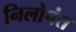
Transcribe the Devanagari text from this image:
निलोपंत